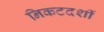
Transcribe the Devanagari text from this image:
निकटदर्शी